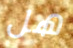
هل